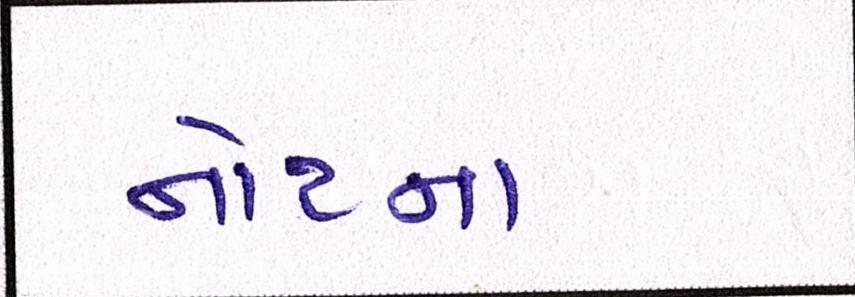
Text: નોટના